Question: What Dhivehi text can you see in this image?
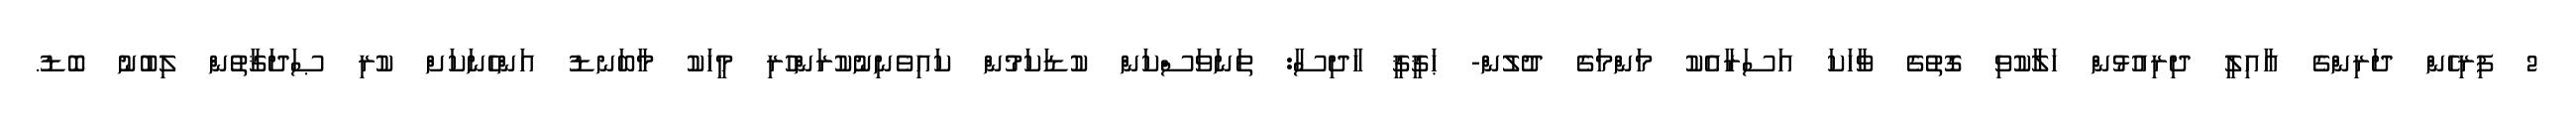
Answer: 2 ފިރިހެން ދަރިންގެ ޢާއިލީ ދިރިއުޅުން ހަލާކުވި ގޮތުގެ ވާހަކަ އަސަރާއެކު މަންމަގެ ދުލުން- ޙަޤީޤީ ހާދިސާ: ތަނަވަސްކަން ކުޑަކަމުން ކައިވެނިނުކުރަންހުރި މީހަކު މާބަނޑު އަންހެނަކަށް ކުރި ޞަދަޤާތުން ލިބުނު ބޮޑު.